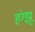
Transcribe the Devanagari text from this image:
हंग्झू